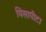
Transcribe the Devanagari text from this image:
घिसापीटा